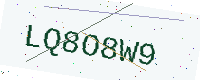
Text: LQ8O8W9